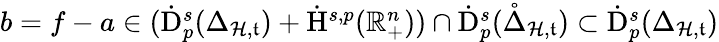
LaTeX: \begin{array}{r}{b=f-a\in(\dot{\mathrm{D}}_{p}^{s}({\Delta}_{\mathcal{H},\mathfrak{t}})+\dot{\mathrm{H}}^{s,p}(\mathbb{R}_{+}^{n}))\cap\dot{\mathrm{D}}_{p}^{s}(\mathring{\Delta}_{\mathcal{H},\mathfrak{t}})\subset\dot{\mathrm{D}}_{p}^{s}({\Delta}_{\mathcal{H},\mathfrak{t}})}\end{array}